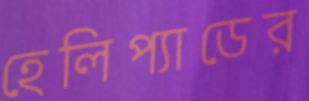
হেলিপ্যাডের